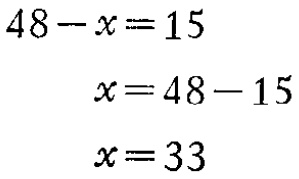
\[

\begin{align*}

48 - x&=15\\

x&=48 - 15\\

x&=33

\end{align*}

\]